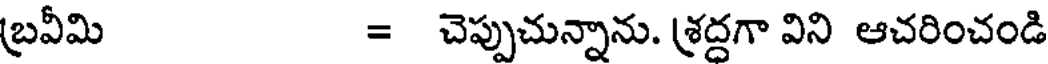
బ్రవీమి = చెప్పుచున్నాను. శ్రద్దగా విని ఆచరించండి